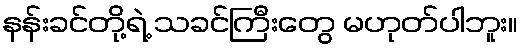
နန်းခင်တို့ရဲ့ သခင်ကြီးတွေ မဟုတ်ပါဘူး။